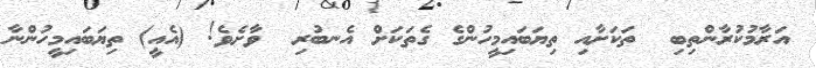
އަރާމުކުރާންތިބި  ތަކަށާއި ތިޔަބައިމީހުންގެ ގެތަކަށް އެނބުރި  ވާށެވެ! (އެއީ) ތިޔަބައިމީހުންނާ